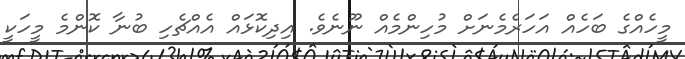
މީހެއްގެ ބަހެއް އަހަރެމެނަށް މުހިންމެއް ނޫނެވެ. އިދިކޮޅައް އެއްޗެހި ބުނާ ކޮންމެ މީހަކީ